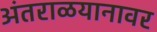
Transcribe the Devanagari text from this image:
अंतराळयानावर